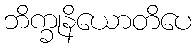
ဘိက္ခုနိယောတိပေ